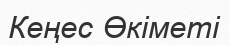
Кеңес Өкіметі